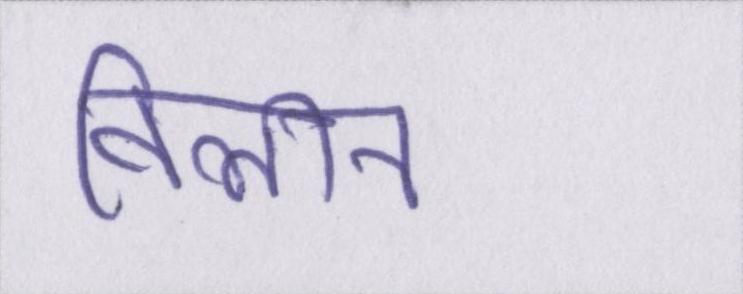
विलीन